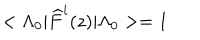
< \Lambda _ { 0 } | \widehat { F } ^ { i } ( z ) | \Lambda _ { 0 } > = 1